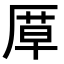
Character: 𭆍